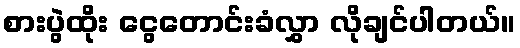
စားပွဲထိုး ငွေတောင်းခံလွှာ လိုချင်ပါတယ်။